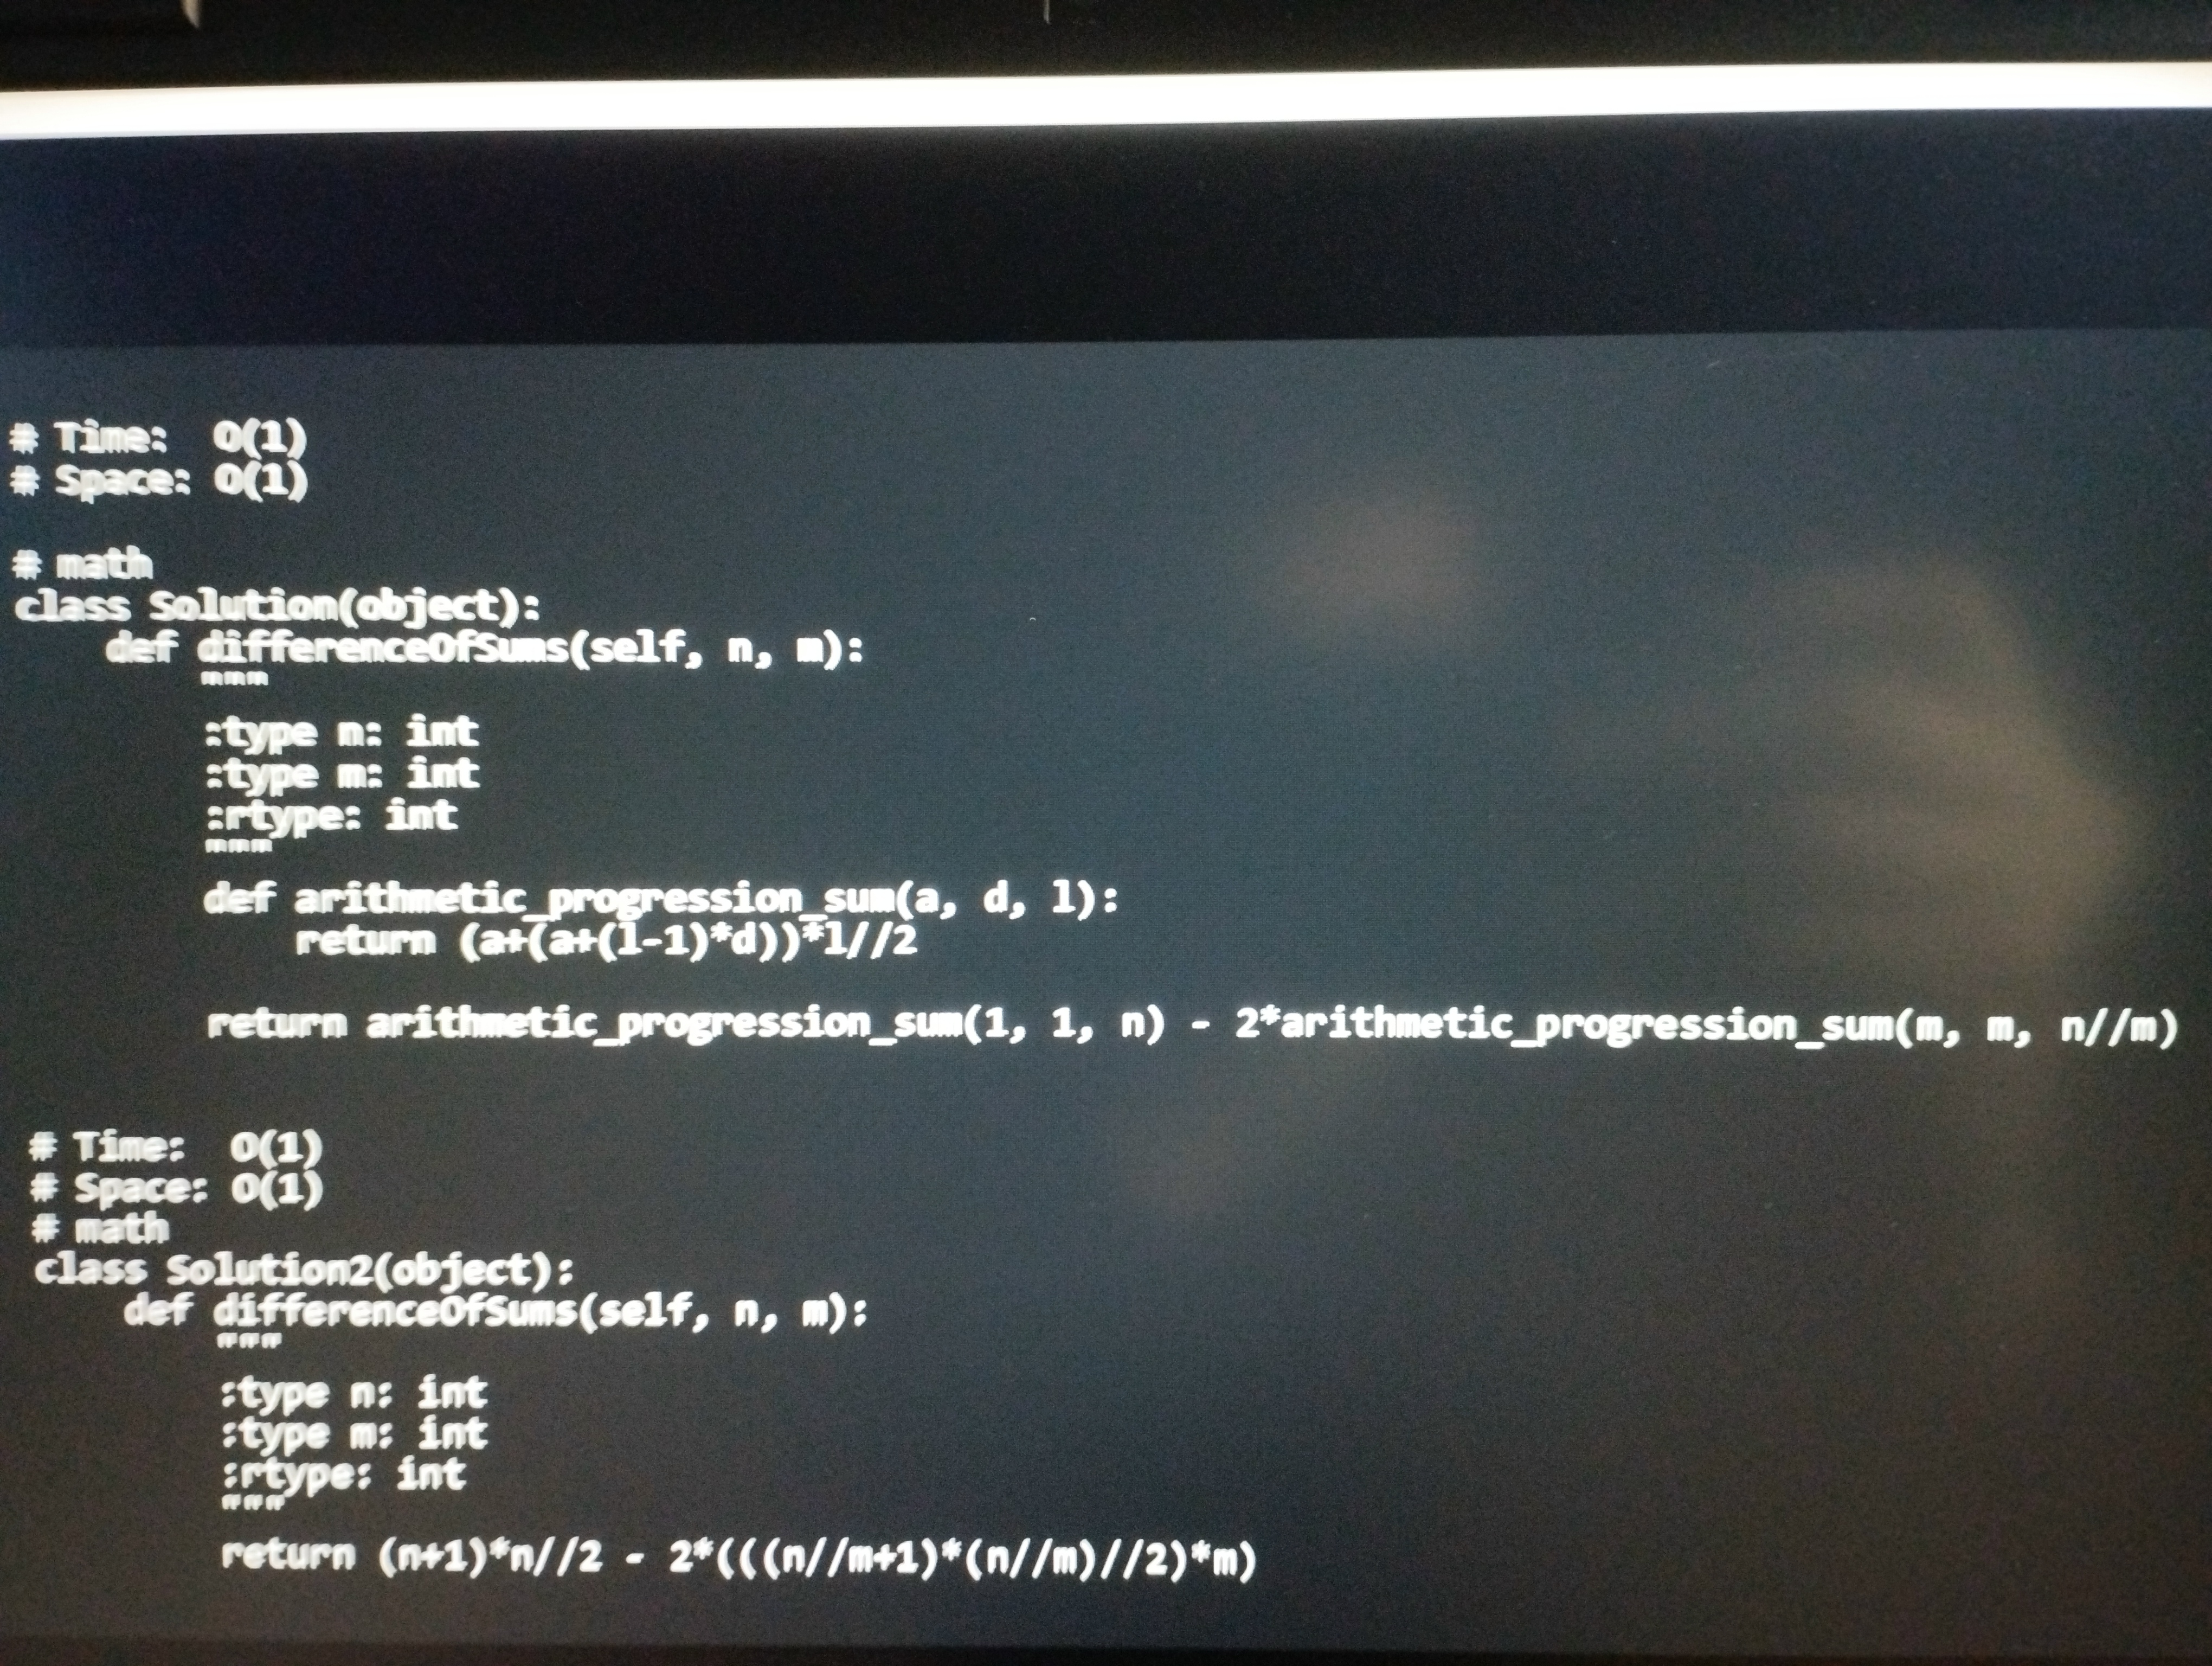
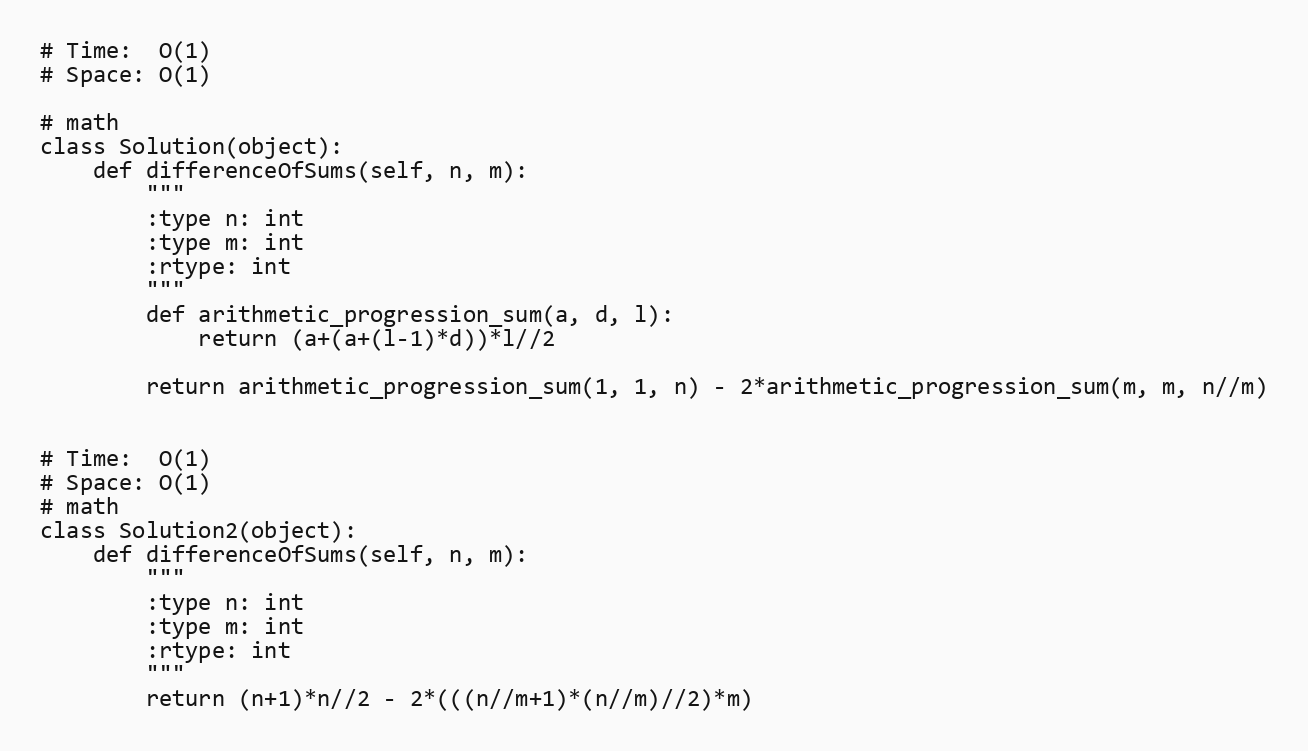
# Time:  O(1)
# Space: O(1)

# math
class Solution(object):
    def differenceOfSums(self, n, m):
        """
        :type n: int
        :type m: int
        :rtype: int
        """
        def arithmetic_progression_sum(a, d, l):
            return (a+(a+(l-1)*d))*l//2

        return arithmetic_progression_sum(1, 1, n) - 2*arithmetic_progression_sum(m, m, n//m)

# Time:  O(1)
# Space: O(1)
# math
class Solution2(object):
    def differenceOfSums(self, n, m):
        """
        :type n: int
        :type m: int
        :rtype: int
        """
        return (n+1)*n//2 - 2*(((n//m+1)*(n//m)//2)*m)